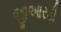
જીઆરડી